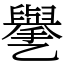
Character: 㐦